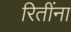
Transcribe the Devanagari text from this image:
रितींना